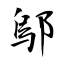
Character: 鄔